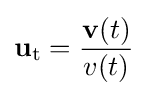
\mathbf {u} _{\mathrm {t} }={\frac {\mathbf {v} (t)}{v(t)}}\